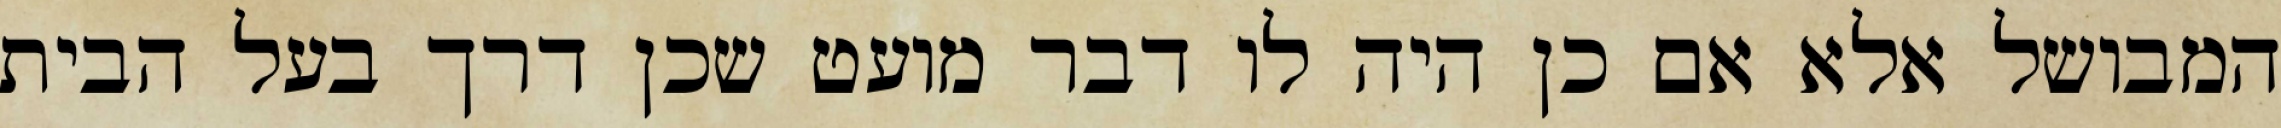
המבושל אלא אם כן היה לו דבר מועט שכן דרך בעל הבית